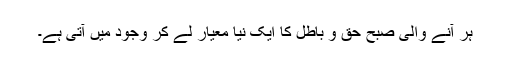
ہر آنے والی صبح حق و باطل کا ایک نیا معیار لے کر وجود میں آتی ہے۔